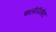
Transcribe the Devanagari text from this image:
चालीरीतींत